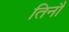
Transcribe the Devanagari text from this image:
तिनौ